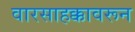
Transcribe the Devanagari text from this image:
वारसाहक्कावरून